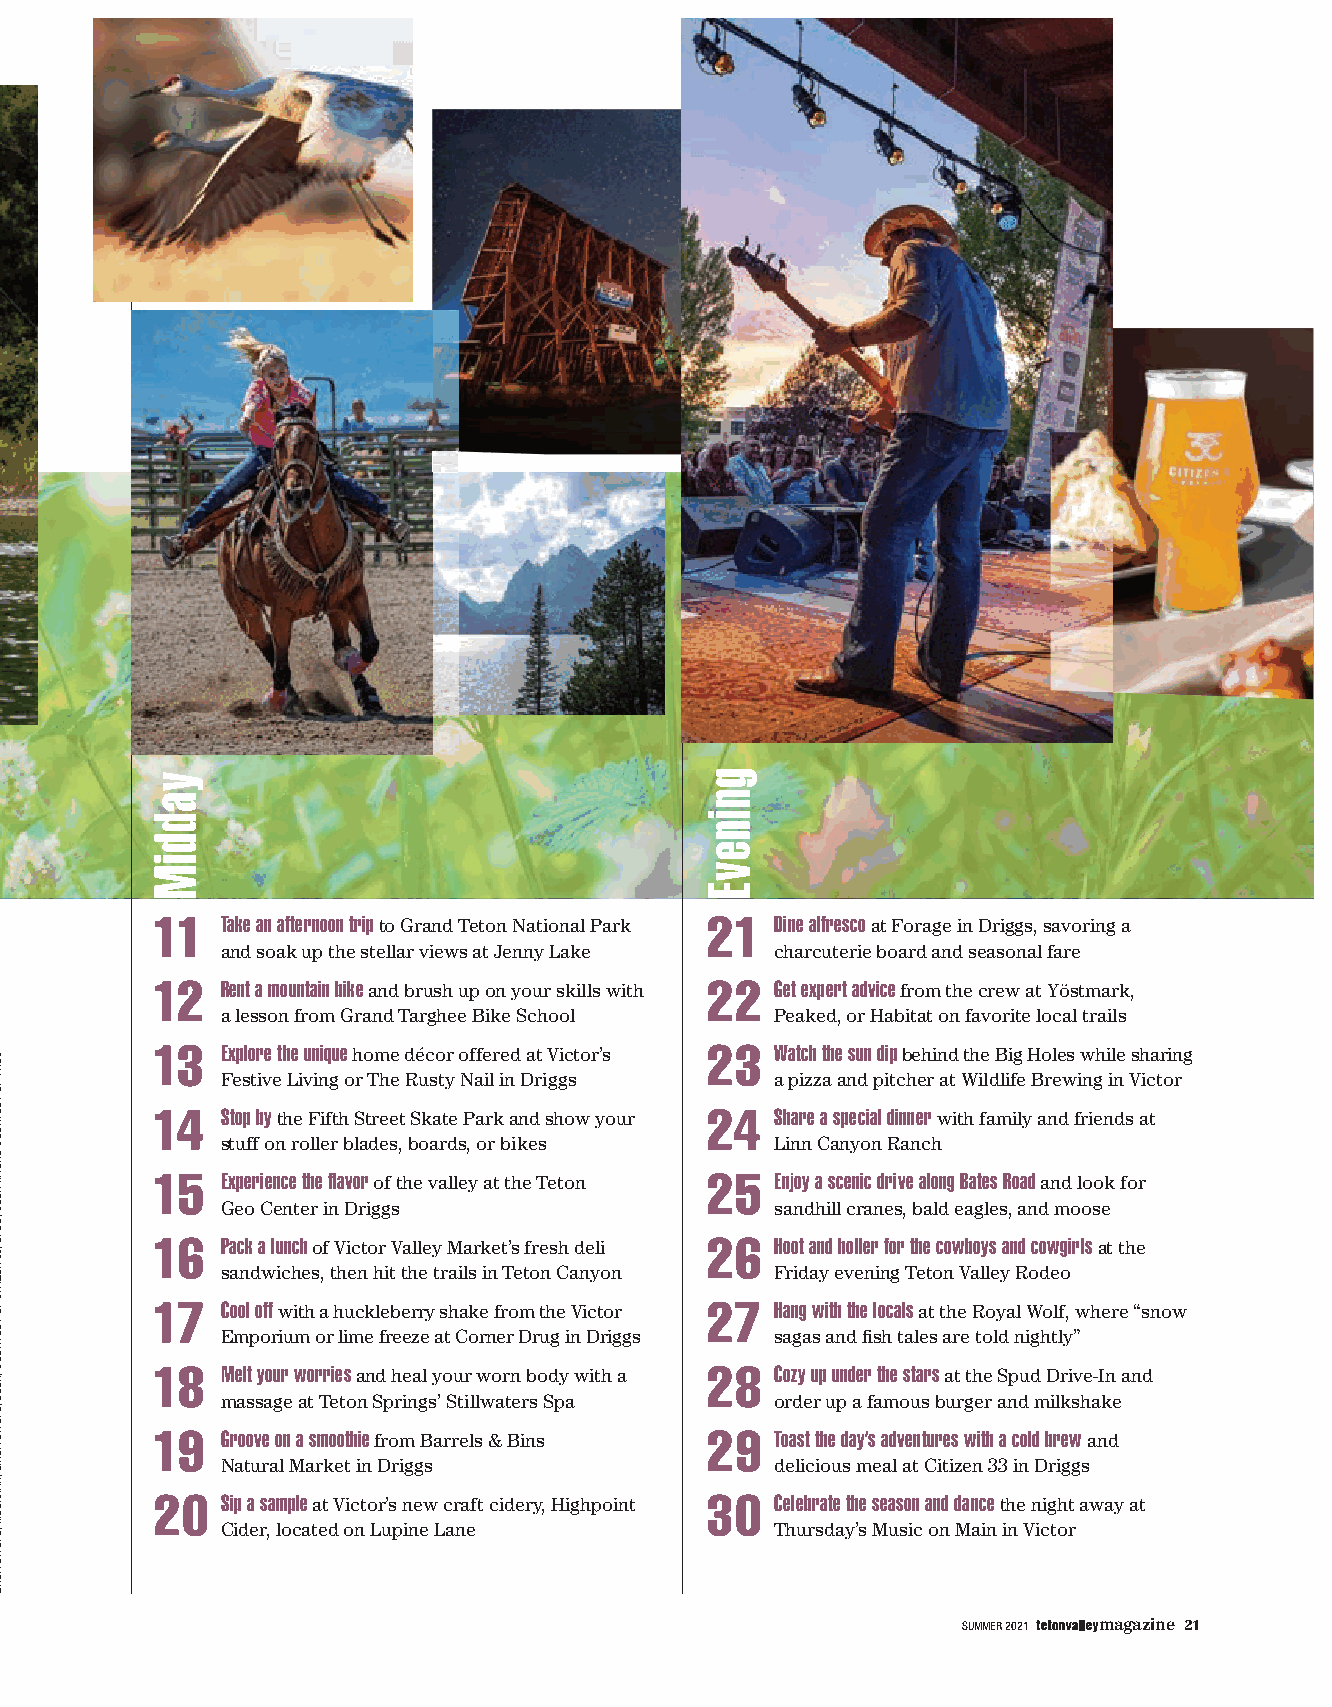
1 1  Take an afternoon trip to Grand Teton National Park 21 Dine alfresco at Forage in Driggs, savoring a
 and soak up the stellar views at Jenny Lake charcuterie board and seasonal fare
 1 2  Rent a mountain bike and brush up on your skills with 22 Get expert advice from the crew at Yöstmark,
 a lesson from Grand Targhee Bike School Peaked, or Habitat on favorite local trails
 1 3  Explore the unique home décor offered at Victor’s 23 Watch the sun dip behind the Big Holes while sharing
 Festive Living or The Rusty Nail in Driggs a pizza and pitcher at Wildlife Brewing in Victor
 1 4  Stop by the Fifth Street Skate Park and show your 24 Share a special dinner with family and friends at
 stuff on roller blades, boards, or bikes Linn Canyon Ranch
 1 5  Experience the flavor of the valley at the Teton 25 Enjoy a scenic drive along Bates Road and look for
 Geo Center in Driggs                sandhill cranes, bald eagles, and moose
 1 6  Pack a lunch of Victor Valley Market’s fresh deli 26 Hoot and holler for the cowboys and cowgirls at the
 sandwiches, then hit the trails in Teton Canyon Friday evening Teton Valley Rodeo
 1 7  Cool off with a huckleberry shake from the Victor 27 Hang with the locals at the Royal Wolf, where “snow
 Emporium or lime freeze at Corner Drug in Driggs sagas and fish tales are told nightly”
 1 8  Melt your worries and heal your worn body with a 28 Cozy up under the stars at the Spud Drive-In and
 massage at Teton Springs’ Stillwaters Spa order up a famous burger and milkshake
 1 9  Groove on a smoothie from Barrels & Bins 29 Toast the day’s adventures with a cold brew and
 Natural Market in Driggs            delicious meal at Citizen 33 in Driggs
 20   Sip a sample at Victor’s new craft cidery, Highpoint 30 Celebrate the season and dance the night away at
 Cider, located on Lupine Lane       Thursday’s Music on Main in Victor
 SUMMER 2021 magazine 21
 ,OEDOR
 ;EGDOL
 YELLAV
 NOTET
 FO
 YSETRUOC
 ,GNIHSIF
 ;EGNUOL
 DNA
 ORTSIB
 EGAROF
 FO
 YSETRUOC
 ,TNARUATSER
 :SOTOHP
 CERT
 FO
 YSETRUOC
 SREYM
 HSOJ
 ,DUPS
 ;33
 NEZITIC
 FO
 YSETRUOC
 ,REEB
 ;EPOWS
 ADNIL
 ,NAICISUM
 ;EPOWS
 ADNIL
 yaddiM                               gninevE